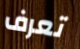
تعرف